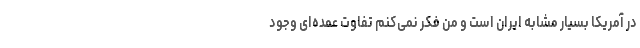
در آمریکا بسیار مشابه ایران است و من فکر نمی‌کنم تفاوت عمده‌ای وجود